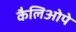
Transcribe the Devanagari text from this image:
कैलिओपे